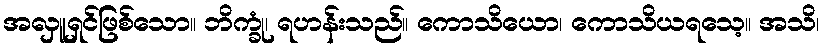
အလှူရှင်ဖြစ်သော။ ဘိက္ခုံ၊ ရဟန်းသည်။ ကောသိယော၊ ကောသိယရသေ့။ အသိ၊